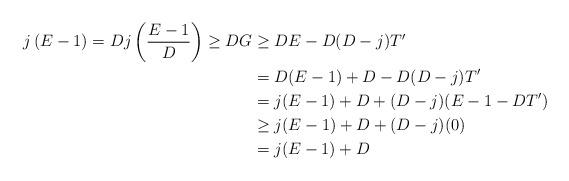
LaTeX: \begin{align*}j \left(E-1\right) = D j \left(\frac{E-1}{D}\right) \ge D G &\ge D E - D (D-j)T' \\&= D (E-1) + D - D (D-j)T'\\&= j (E-1) + D + (D-j) (E-1- D T')\\&\ge j (E-1) + D + (D-j)(0)\\&= j(E-1) + D\end{align*}